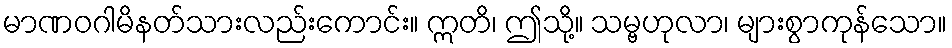
မာဏဝဂါမိနတ်သားလည်းကောင်း။ ဣတိ၊ ဤသို့။ သမ္ဗဟုလာ၊ များစွာကုန်သော။